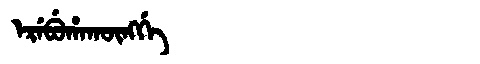
Manchu: ᡝᡵᡝᠪᡠᡥᠠᡴᡡᠩᡤᡝ
Romanization: EREBUHAKŪNGGE